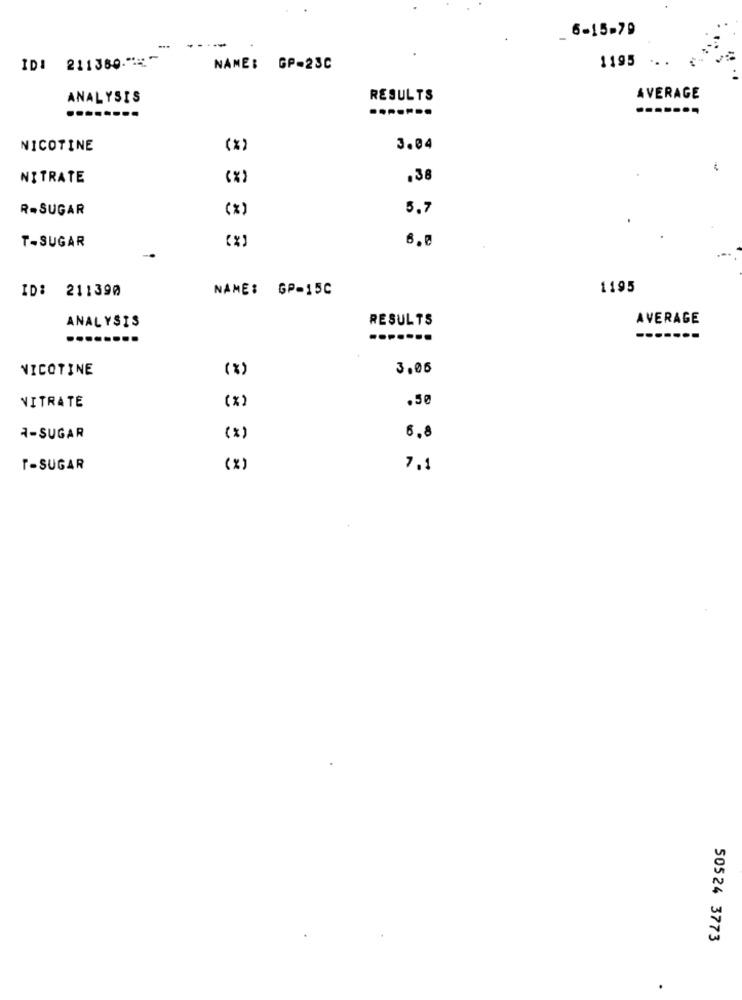
6-15-79
--
...
IDI 211380."~
1195
NAME: GP-23C
ANALYSIS
RESULTS
AVERAGE
.-------
.......
NICOTINE
(*)
3.04
NITRATE
(x)
.38
R-SUGAR
(x)
5.7
6.0
T-SUGAR
ID: 211390
NAME: GP-15C
1195
RESULTS
AVERAGE
ANALYSIS
.......
.......
---
NICOTINE
(%)
3.05
.50
NITRATE
(x)
A-SUGAR
(x)
6.8
T-SUGAR
(%)
7.1
50524 3773
.